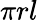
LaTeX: \pi rl